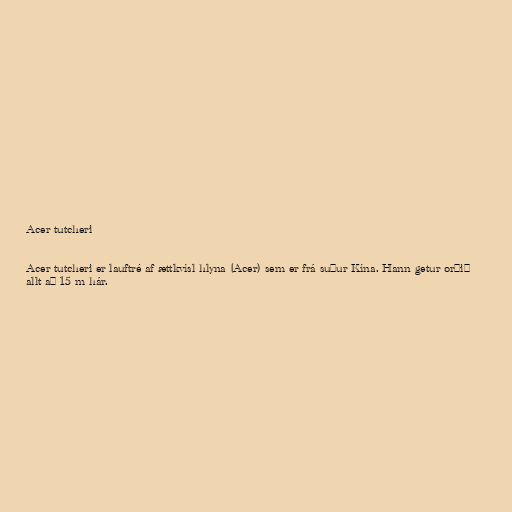
Acer tutcheri

Acer tutcheri er lauftré af ættkvísl hlyna (Acer) sem er frá suður Kína. Hann getur orðið
allt að 15 m hár.